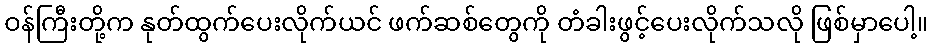
ဝန်ကြီးတို့က နုတ်ထွက်ပေးလိုက်ယင် ဖက်ဆစ်တွေကို တံခါးဖွင့်ပေးလိုက်သလို ဖြစ်မှာပေါ့။